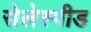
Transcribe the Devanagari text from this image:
सेलेस्पीड